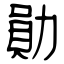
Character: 勛